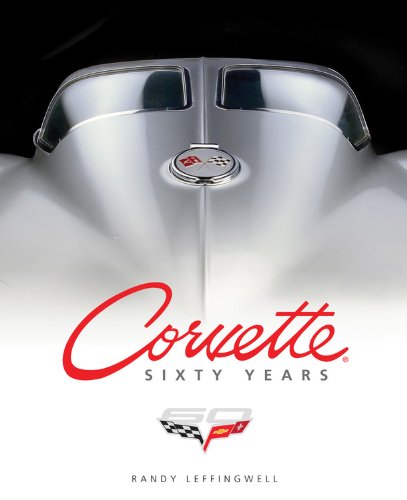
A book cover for Corvette Sixty Years; Randy Leffingwell; Engineering & Transportation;